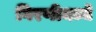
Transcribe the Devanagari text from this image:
गिरणीमध्ये